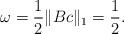
LaTeX: \begin{align*}\omega=\frac{1}{2}\|Bc\|_1=\frac{1}{2}.\end{align*}